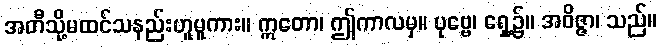
အတီသို့မထင်သနည်းဟူမူကား။ ဣတော၊ ဤကာလမှ။ ပုဗ္ဗေ၊ ရှေ့၌။ အဝိဇ္ဇာ၊ သည်။